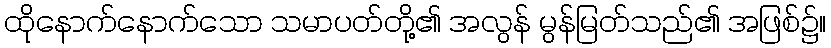
ထိုနောက်နောက်သော သမာပတ်တို့၏ အလွန် မွန်မြတ်သည်၏ အဖြစ်၌။